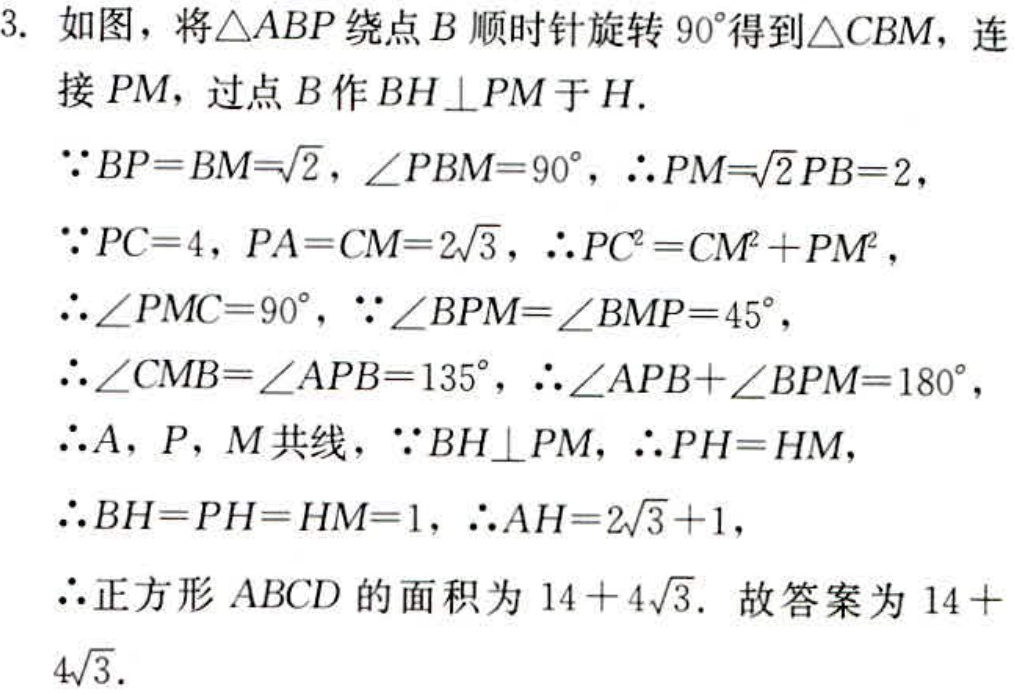
3. 如图，将\(\triangle ABP\)绕点\(B\)顺时针旋转\(90^{\circ}\)得到\(\triangle CBM\)，连接\(PM\)，过点\(B\)作\(BH\perp PM\)于\(H\).
\(\because BP = BM=\sqrt{2}\)，\(\angle PBM = 90^{\circ}\)，\(\therefore PM=\sqrt{2}PB = 2\)，
\(\because PC = 4\)，\(PA = CM = 2\sqrt{3}\)，\(\therefore PC^{2}=CM^{2}+PM^{2}\)，
\(\therefore \angle PMC = 90^{\circ}\)，\(\because \angle BPM=\angle BMP = 45^{\circ}\)，
\(\therefore \angle CMB=\angle APB = 135^{\circ}\)，\(\therefore \angle APB+\angle BPM = 180^{\circ}\)，
\(\therefore A\)，\(P\)，\(M\)共线，\(\because BH\perp PM\)，\(\therefore PH = HM\)，
\(\therefore BH = PH = HM = 1\)，\(\therefore AH = 2\sqrt{3}+1\)，
\(\therefore\)正方形\(ABCD\)的面积为\(14 + 4\sqrt{3}\). 故答案为\(14 + 4\sqrt{3}\).